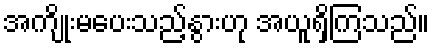
အကျိုးမပေးသည့်နွားဟု အယူရှိကြသည်။